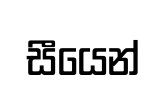
සීයෙන්